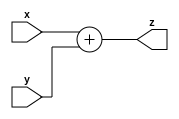
`timescale 1ps/1ps
module adder 
#(
    parameter WIDTH = 32
)
(
    input [WIDTH - 1:0] x, y,
    output [WIDTH - 1:0] z
);
    assign z = x + y;
endmodule